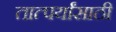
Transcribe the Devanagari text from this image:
तात्पर्यांसाठी